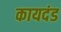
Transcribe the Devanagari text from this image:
कायदंड